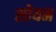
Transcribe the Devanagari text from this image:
सोयम